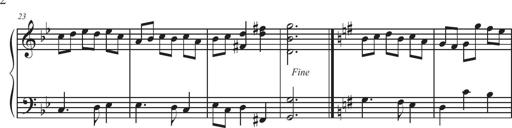
Title: Sonatina Espania
Composer: Jerald Franklin Archer
Key: Various